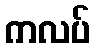
ကလပ်